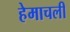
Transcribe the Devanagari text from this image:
हेमाचलीं